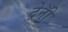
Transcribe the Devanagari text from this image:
ट्रेनोँ